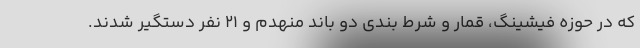
که در حوزه فیشینگ، قمار و شرط بندی دو باند منهدم و ٢١ نفر دستگیر شدند.